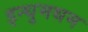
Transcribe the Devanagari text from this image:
इन्धुमथम